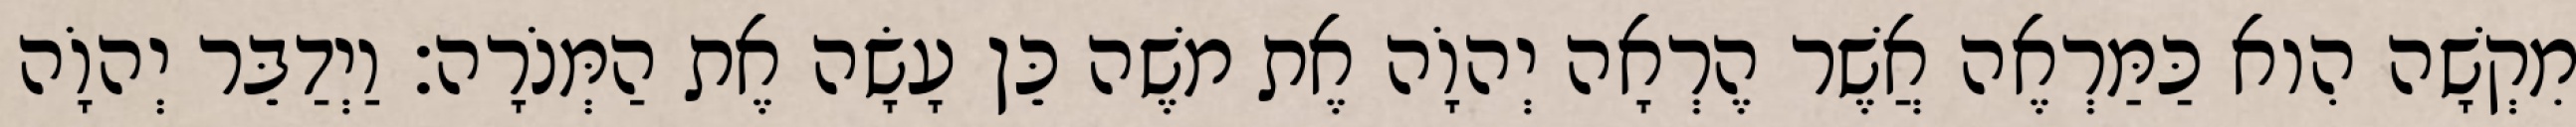
מִקְשָׁה הִוא כַּמַּרְאֶה אֲשֶׁר הֶרְאָה יְהוָֹה אֶת משֶׁה כֵּן עָשָׂה אֶת הַמְּנֹרָה׃ וַיְדַבֵּר יְהוָֹה